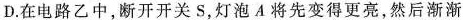
D.在电路乙中，断开开关S，灯泡A将先变得更亮，然后渐渐